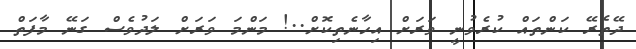
ދޭތެރޭ ކަންތައް ކުރެވުނީ ވަރަށް އިހާނެތިކޮށް..! މަންމަ ވަރަށް ލަދުވެސް ގަނޭ މާފަތް